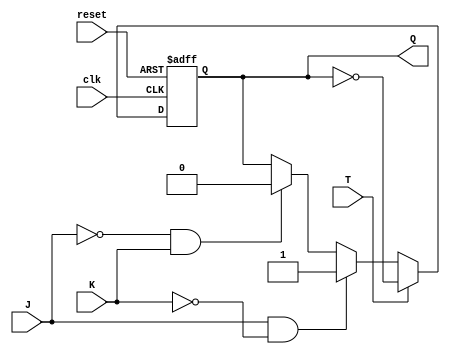
module t_ff_jk (
    input wire T,  // T input for toggling the output state
    input wire J,  // J input of JK flip-flop
    input wire K,  // K input of JK flip-flop
    input wire clk,  // Clock input
    input wire reset,  // Reset input
    
    output reg Q  // Output of the T flip-flop
);

// Instantiate JK flip-flop
always @(posedge clk or posedge reset)
begin
    if (reset)
        Q <= 1'b0;
    else if (T)
        Q <= ~Q;
    else if (J & ~K)
        Q <= 1'b1;
    else if (~J & K)
        Q <= 1'b0;
end

endmodule